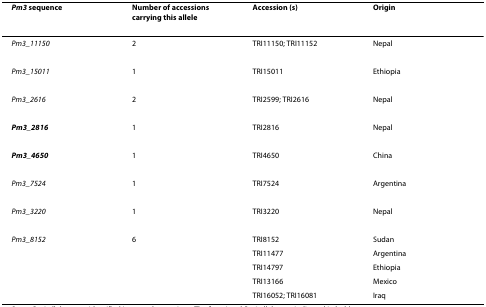
<table><thead><tr><td><b><i>Pm3 </i>sequence</b></td><td><b>Number of accessions carrying this allele</b></td><td><b>Accession (s)</b></td><td><b>Origin</b></td></tr></thead><tbody><tr><td><i>Pm3_11150</i></td><td>2</td><td>TRI11150; TRI11152</td><td>Nepal</td></tr><tr><td><i>Pm3_15011</i></td><td>1</td><td>TRI15011</td><td>Ethiopia</td></tr><tr><td><i>Pm3_2616</i></td><td>2</td><td>TRI2599; TRI2616</td><td>Nepal</td></tr><tr><td><b><i>Pm3_2816</i></b></td><td>1</td><td>TRI2816</td><td>Nepal</td></tr><tr><td><b><i>Pm3_4650</i></b></td><td>1</td><td>TRI4650</td><td>China</td></tr><tr><td><i>Pm3_7524</i></td><td>1</td><td>TRI7524</td><td>Argentina</td></tr><tr><td><i>Pm3_3220</i></td><td>1</td><td>TRI3220</td><td>Nepal</td></tr><tr><td><i>Pm3_8152</i></td><td>6</td><td>TRI8152</td><td>Sudan</td></tr><tr><td></td><td></td><td>TRI11477</td><td>Argentina</td></tr><tr><td></td><td></td><td>TRI14797</td><td>Ethiopia</td></tr><tr><td></td><td></td><td>TRI13166</td><td>Mexico</td></tr><tr><td></td><td></td><td>TRI16052; TRI16081</td><td>Iraq</td></tr></tbody></table>